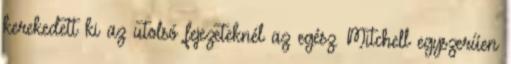
kerekedett ki az utolsó fejezeteknél az egész. Mitchell egyszerűen